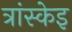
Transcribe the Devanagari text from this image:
त्रांस्केइ